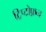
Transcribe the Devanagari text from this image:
ट्रिप्टोफ़न